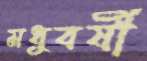
মধুবর্ষী